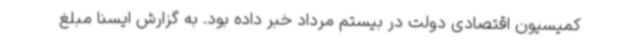
کمیسیون اقتصادی دولت در بیستم مرداد خبر داده بود. به گزارش ایسنا مبلغ